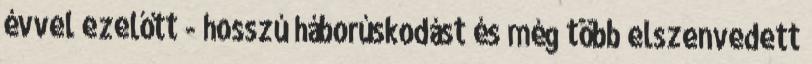
évvel ezelőtt - hosszú háborúskodást és még több elszenvedett